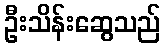
ဦးသိန်းဆွေသည်